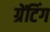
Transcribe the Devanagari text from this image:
ग्रेंटिंग